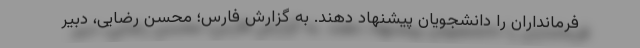
فرمانداران را دانشجویان پیشنهاد دهند. به گزارش فارس؛ محسن رضایی، دبیر